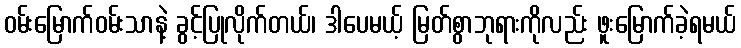
ဝမ်းမြောက်ဝမ်းသာနဲ့ ခွင့်ပြုလိုက်တယ်၊ ဒါပေမယ့် မြတ်စွာဘုရားကိုလည်း ဖူးမြောက်ခဲ့ရမယ်